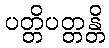
ပတ္တိပတ္တန္တိ